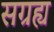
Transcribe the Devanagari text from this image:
सग्रह्य